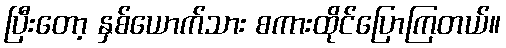
ပြီးတော့ နှစ်ယောက်သား စကားထိုင်ပြောကြတယ်။